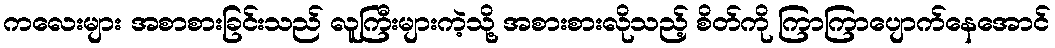
ကလေးများ အစာစားခြင်းသည် လူကြီးများကဲ့သို့ အစားစားလိုသည့် စိတ်ကို ကြာကြာပျောက်နေအောင်